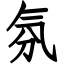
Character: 氛